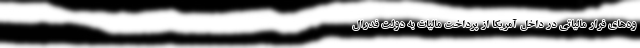
وه‌های فرار مالیاتی در داخل آمریکا از پرداخت مالیات به دولت فدرال